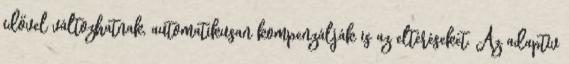
idővel változhatnak, automatikusan kompenzálják is az eltéréseket. Az adaptív